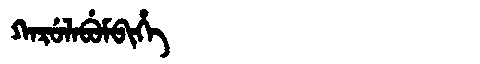
Manchu: ᡴᠠᡵᡠᠯᠠᠪᡠᠮᠪᡳᡥᡝ
Romanization: KARULABUMBIHE